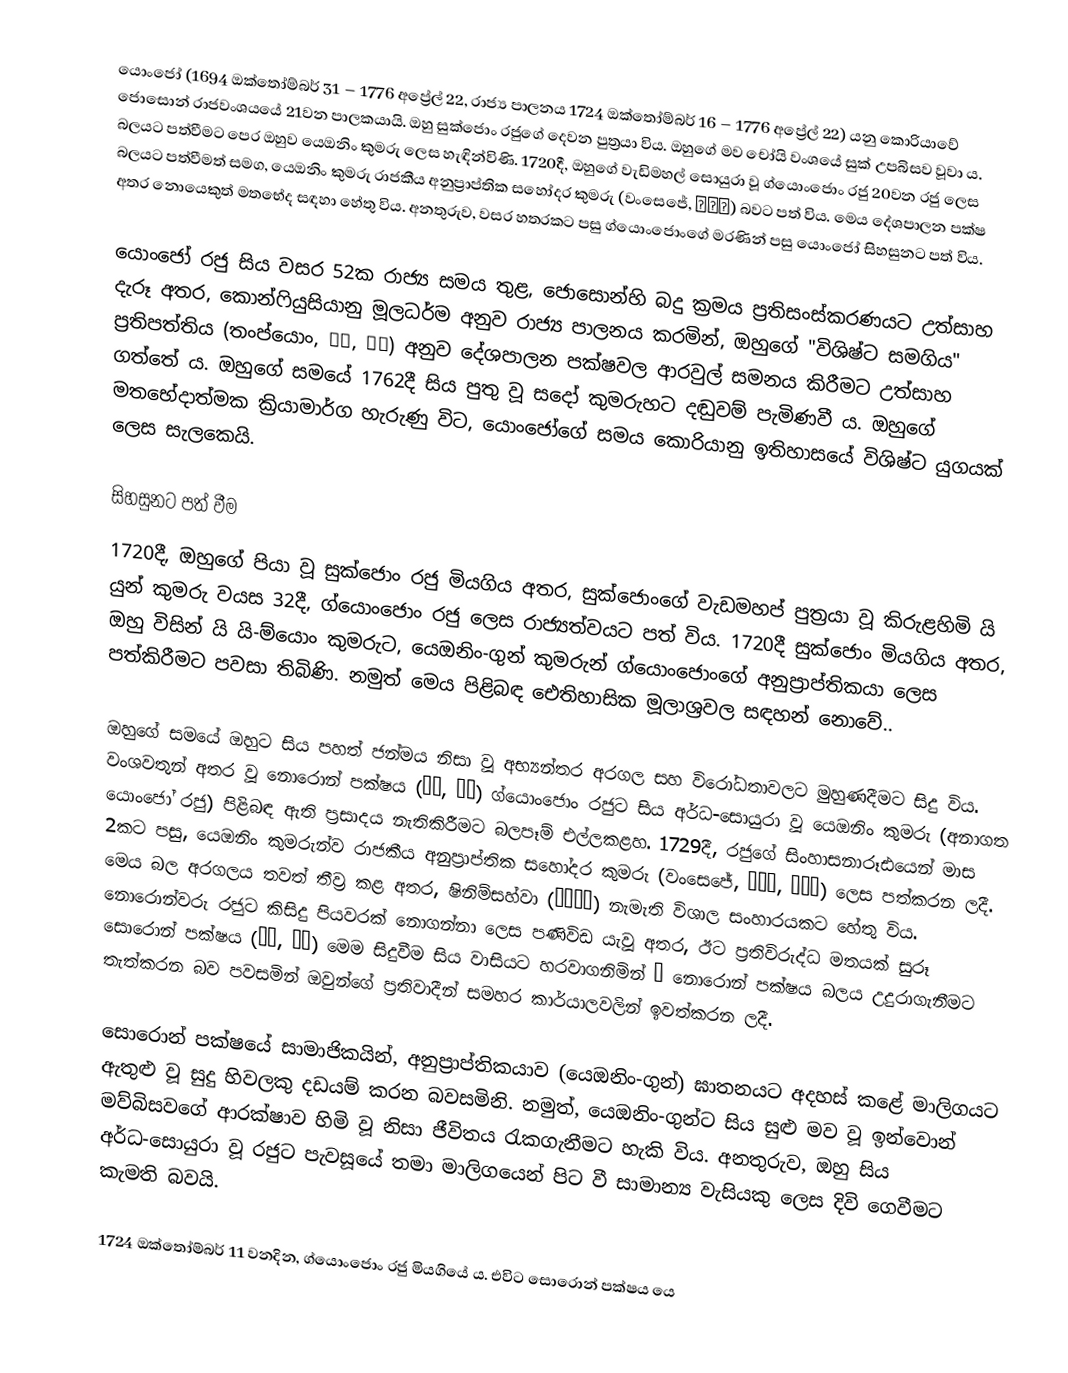
යොංජෝ (1694 ඔක්තෝම්බර් 31 – 1776 අප්‍රේල් 22, රාජ්‍ය පාලනය 1724 ඔක්තෝම්බර් 16 – 1776 අප්‍රේල් 22) යනු කොරියාවේ  ජොසොන් රාජවංශයයේ 21වන පාලකයායි. ඔහු සුක්ජොං රජුගේ දෙවන පුත්‍රයා විය. ඔහුගේ මව චෝයි වංශයේ සුක් උපබිසව වූවා ය. බලයට පත්වීමට පෙර ඔහුව යෙඔනිං කුමරු ලෙස හැඳින්විණි. 1720දී, ඔහුගේ වැඩිමහල් සොයුරා වූ ග්යොංජොං රජු 20වන රජු ලෙස බලයට පත්වීමත් සමග, යෙඔනිං කුමරු රාජකීය අනුප්‍රාප්තික සහෝදර කුමරු (වංසෙජේ, 왕세제) බවට පත් විය. මෙය දේශපාලන පක්ෂ අතර නොයෙකුත් මතභේද සඳහා හේතු විය. අනතුරුව, වසර හතරකට පසු ග්යොංජොංගේ මරණින් පසු යොංජෝ සිහසුනට පත් විය.

යොංජෝ රජු සිය වසර 52ක රාජ්‍ය සමය තුළ, ජොසොන්හි බදු ක්‍රමය ප්‍රතිසංස්කරණයට උත්සාහ දැරූ අතර, කොන්ෆියුසියානු මූලධර්ම අනුව රාජ්‍ය පාලනය කරමින්, ඔහුගේ "විශිෂ්ට සමගිය" ප්‍රතිපත්තිය (තංප්යොං, 蕩平, 탕평) අනුව දේශපාලන පක්ෂවල ආරවුල් සමනය කිරීමට උත්සාහ ගත්තේ ය. ඔහුගේ සමයේ 1762දී සිය පුතු වූ සදෝ කුමරුහට දඬුවම් පැමිණවී ය. ඔහුගේ මතභේදාත්මක ක්‍රියාමාර්ග හැරුණු විට, යොංජෝගේ සමය කොරියානු ඉතිහාසයේ විශිෂ්ට යුගයක් ලෙස සැලකෙයි.

සිහසුනට පත් වීම
1720දී, ඔහුගේ පියා වූ සුක්ජොං රජු මියගිය අතර, සුක්ජොංගේ වැඩමහප් පුත්‍රයා වූ කිරුළහිමි යි යුන් කුමරු වයස 32දී, ග්යොංජොං රජු ලෙස රාජ්‍යත්වයට පත් විය. 1720දී සුක්ජොං මියගිය අතර, ඔහු විසින් යි යි-ම්යොං කුමරුට, යෙඔනිං-ගුන් කුමරුන් ග්යොංජොංගේ අනුප්‍රාප්තිකයා ලෙස පත්කිරීමට පවසා තිබිණි. නමුත් මෙය පිළිබඳ ඓතිහාසික මූලාශ්‍රවල සඳහන් නොවේ..

ඔහුගේ සමයේ ඔහුට සිය පහත් ජන්මය නිසා වූ අභ්‍යන්තර අරගල සහ විරෝධතාවලට මුහුණදීමට සිදු විය. වංශවතුන් අතර වූ නොරොන් පක්ෂය (노론, 老論) ග්යොංජොං රජුට සිය අර්ධ-සොයුරා වූ යෙඔනිං කුමරු (අනාගත යොංජෝ රජු) පිළිබඳ ඇති ප්‍රසාදය නැතිකිරීමට බලපෑම් එල්ලකළහ. 1729දී, රජුගේ සිංහාසනාරූඪයෙන් මාස 2කට පසු, යෙඔනිං කුමරුන්ව රාජකීය අනුප්‍රාප්තික සහෝදර කුමරු (වංසෙජේ, 왕세제, 王世弟) ලෙස පත්කරන ලදී. මෙය බල අරගලය තවත් තීව්‍ර කළ අතර, ෂිනිම්සහ්වා (辛壬士禍) නැමැති විශාල සංහාරයකට හේතු විය. නොරොන්වරු රජුට කිසිදු පියවරක් නොගන්නා ලෙස පණිවිඩ යැවූ අතර, ඊට ප්‍රතිවිරුද්ධ මතයක් සුරූ සොරොන් පක්ෂය (소론, 少論) මෙම සිදුවීම සිය වාසියට හරවාගනිමින් – නොරොන් පක්ෂය බලය උදුරාගැනීමට තැත්කරන බව පවසමින් ඔවුන්ගේ ප්‍රතිවාදීන් සමහර කාර්යාලවලින් ඉවත්කරන ලදී.

සොරොන් පක්ෂයේ සාමාජිකයින්, අනුප්‍රාප්තිකයාව (යෙඔනිං-ගුන්) ඝාතනයට අදහස් කළේ මාලිගයට ඇතුළු වූ සුදු හිවලකු දඩයම් කරන බවසමිනි. නමුත්, යෙඔනිං-ගුන්ට සිය සුළු මව වූ ඉන්වොන් මව්බිසවගේ ආරක්ෂාව හිමි වූ නිසා ජීවිතය රැකගැනීමට හැකි විය. අනතුරුව, ඔහු සිය අර්ධ-සොයුරා වූ රජුට පැවසූයේ තමා මාලිගයෙන් පිට වී සාමාන්‍ය වැසියකු ලෙස දිවි ගෙවීමට කැමති බවයි.

1724 ඔක්තෝම්බර් 11 වනදින, ග්යොංජොං රජු මියගියේ ය. එවිට සොරොන් පක්ෂය යෙ